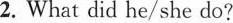
2.What did he/she do?